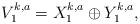
LaTeX: \begin{align*}V_{1}^{k,a} = X_{1}^{k,a} \oplus Y_{1}^{k,a}, \end{align*}